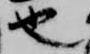
也